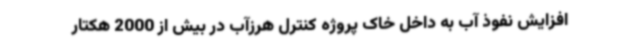
افزایش نفوذ آب به داخل خاک پروژه کنترل هرزآب در بیش از 2000 هکتار